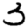
Digit: 3